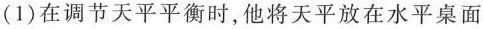
(1)在调节天平平衡时，他将天平放在水平桌面